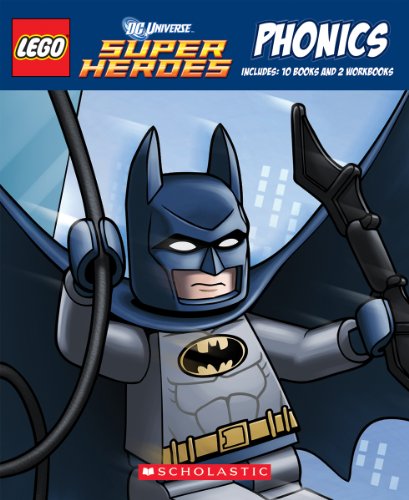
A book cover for LEGO DC Super Heroes: Phonics Boxed Set; Quinlan B. Lee; Children's Books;